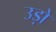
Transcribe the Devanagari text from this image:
उड़ो